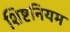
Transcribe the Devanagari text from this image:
शिष्टनियम